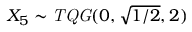
X _ { 5 } \sim \mathit { T Q G } ( 0 , \sqrt { { 1 } / { 2 } } , 2 )